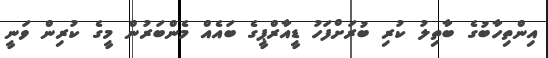
އިންތިހާބުގެ ބާތިލު ކުރި ބުރަށްފަހު ޑީއާރްޕީގެ ބައެއް މެންބަރުން މީގެ ކުރިން ވަނީ